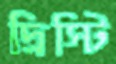
দ্রিস্টি